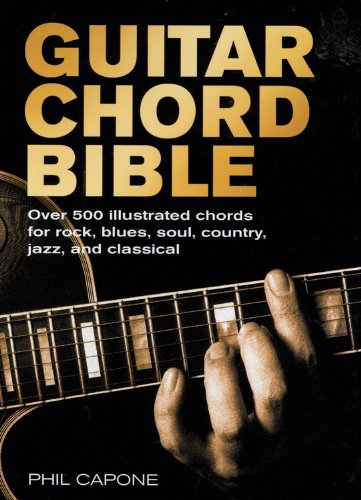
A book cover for Guitar Chord Bible (Music Bibles); Phil Capone; Arts & Photography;